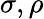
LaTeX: \sigma,\rho